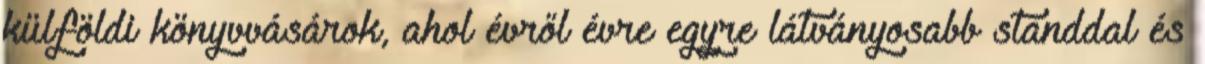
külföldi könyvvásárok, ahol évről évre egyre látványosabb standdal és